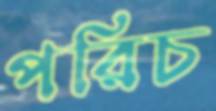
পরিচ